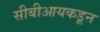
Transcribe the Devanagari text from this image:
सीबीआयकडून